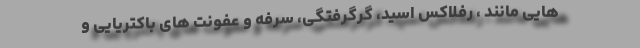
هایی مانند ، رفلاکس اسید، گرگرفتگی، سرفه و عفونت های باکتریایی و